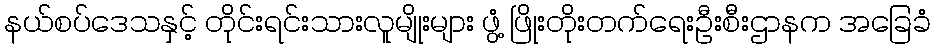
နယ်စပ်ဒေသနှင့် တိုင်းရင်းသားလူမျိုးများ ဖွံ့ ဖြိုးတိုးတက်ရေးဦးစီးဌာနက အခြေခံ